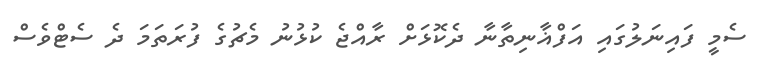
ސެމީ ފައިނަލުގައި އަފްޣާނިތާނާ ދެކޮޅަށް ރާއްޖެ ކުޅުނު މެޗުގެ ފުރަތަމަ ދެ ސެޓްވެސް